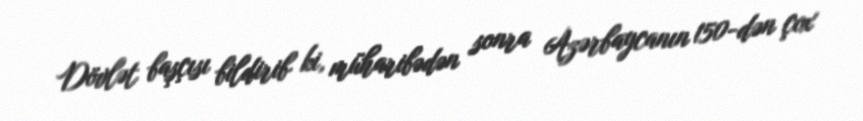
Dövlət başçısı bildirib ki, müharibədən sonra Azərbaycanın 150-dən çox